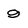
Character: 9